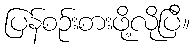
ပြန်စဉ်းစားဖို့လိုပြီ။